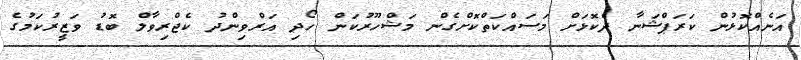
އަނެއްކޮޅުން ކަރަޕްޝަނާ ދެކޮޅަށް މަސައްކަތްކޮށްގެން މަޝްހޫރުކަން ހޯދި އަރްވިންދު ކެޖްރިވާލް ބޮޑު ވަޒީރުކަމުގެ